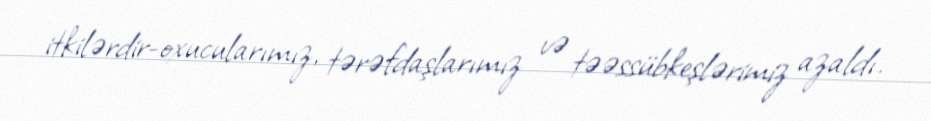
itkilərdir-oxucularımız, tərəfdaşlarımız və təəssübkeşlərimiz azaldı.